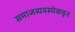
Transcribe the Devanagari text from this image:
समाजव्यवस्थेकडून